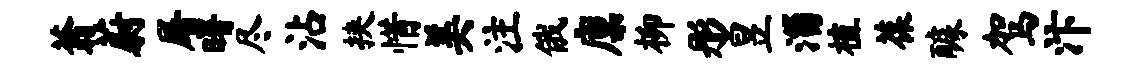
蓊蔚屠曙尽沾挟惜美注俄廪柳彤昱淄植葆醵驾汴